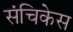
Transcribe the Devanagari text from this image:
संचिकेस